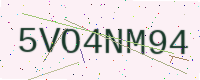
Text: 5VO4NM94